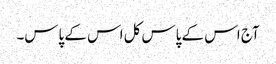
آج اس کے پاس کل اس کے پاس۔